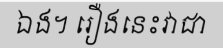
ឯង។ រឿងនេះវាជា